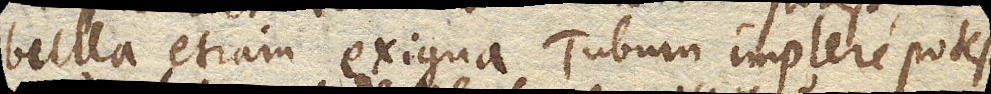
bulla etiam exigua Tubum implere potest